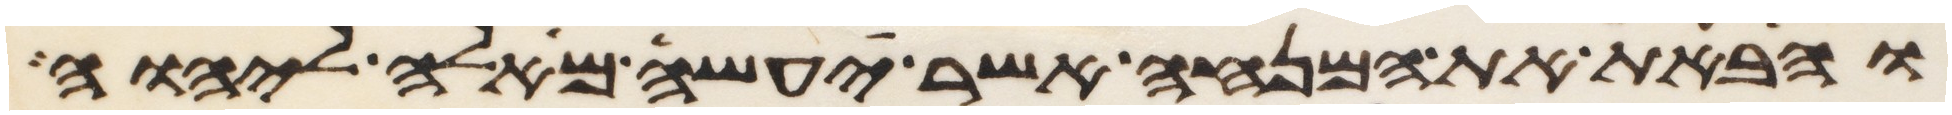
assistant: והבאת את המנחה אשר יעשה מאלה ליהוה